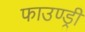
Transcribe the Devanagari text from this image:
फाउण्ड्री